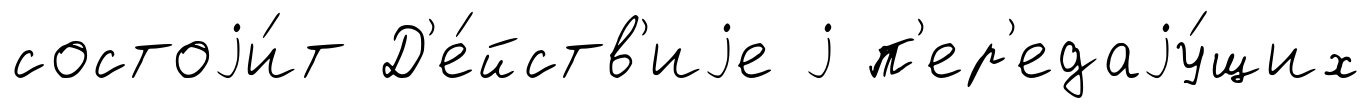
состоjи́т Д'е́йств'иjе j п'ер'едаjу́щих